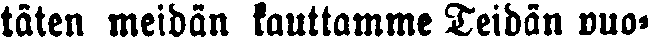
täten meidän kauttamme Teidän puo-